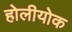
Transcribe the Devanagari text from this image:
होलीयोक